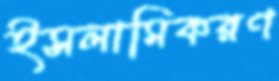
ইসলামিকরণ